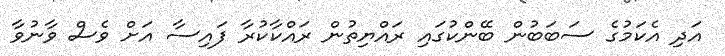
އަދި އެކަމުގެ ސަބަބުން ބޭންކުގައި ރައްޔިތުން ރައްކާކުރާ ފައިސާ އަށް ވެސް ވާނުވާ